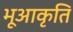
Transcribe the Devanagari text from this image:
भूआकृति